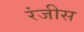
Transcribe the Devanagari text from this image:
रंजीस